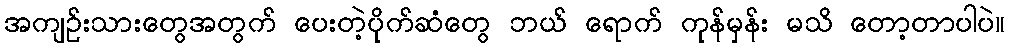
အကျဉ်းသားတွေအတွက် ပေးတဲ့ပိုက်ဆံတွေ ဘယ် ရောက် ကုန်မှန်း မသိ တော့တာပါပဲ။